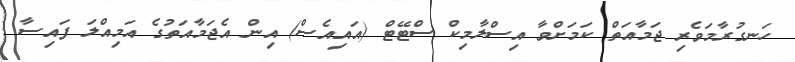
ހަނގުރާމަވެރި ޖަމާއަތް ކަމަށްވާ އިސްލާމިކް ސްޓޭޓް (އައިއެސް) އިން އެޖަމާއަތުގެ އަމިއްލަ ފައިސާ